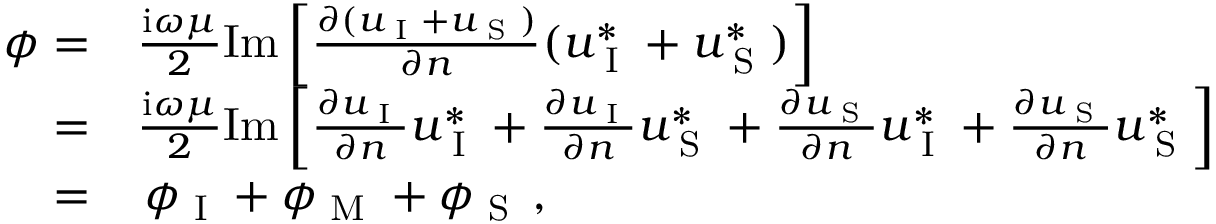
\begin{array} { r l } { \phi = } & { \frac { \mathrm { i } \omega \mu } { 2 } \mathrm { I m } \left[ \frac { \partial ( u _ { \textup { I } } + u _ { \textup { S } } ) } { \partial n } ( u _ { \textup { I } } ^ { * } + u _ { \textup { S } } ^ { * } ) \right] } \\ { = } & { \frac { \mathrm { i } \omega \mu } { 2 } \mathrm { I m } \left[ \frac { \partial u _ { \textup { I } } } { \partial n } u _ { \textup { I } } ^ { * } + \frac { \partial u _ { \textup { I } } } { \partial n } u _ { \textup { S } } ^ { * } + \frac { \partial u _ { \textup { S } } } { \partial n } u _ { \textup { I } } ^ { * } + \frac { \partial u _ { \textup { S } } } { \partial n } u _ { \textup { S } } ^ { * } \right] } \\ { = } & { \, \phi _ { \textup { I } } + \phi _ { \textup { M } } + \phi _ { \textup { S } } \, , } \end{array}